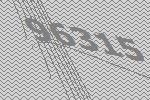
96315